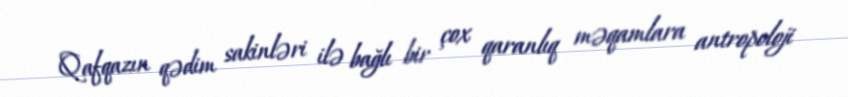
Qafqazın qədim sakinləri ilə bağlı bir çox qaranlıq məqamlara antropoloji